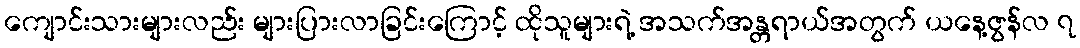
ကျောင်းသားများလည်း များပြားလာခြင်းကြောင့် ထိုသူများရဲ့ အသက်အန္တရာယ်အတွက် ယနေ့ဇွန်လ ၇